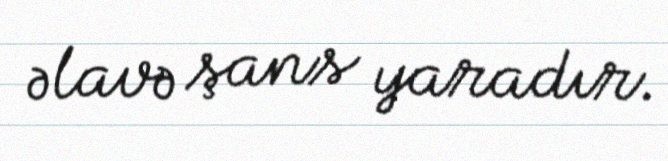
əlavə şans yaradır.